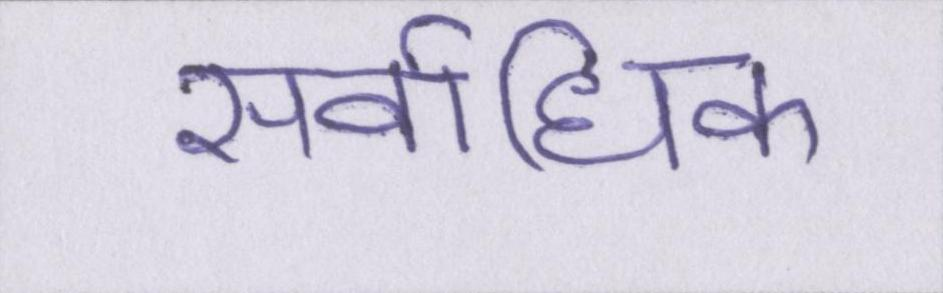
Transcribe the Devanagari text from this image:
सर्वाधिक